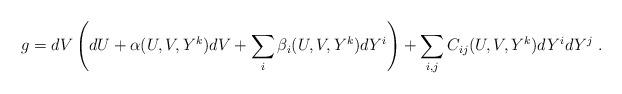
LaTeX: \begin{align*}g = dV \left( dU + \alpha (U,V,Y^k) dV + \sum_i \beta_i(U,V,Y^k) d Y^i \right) + \sum_{i,j} C_{ij} (U,V,Y^k) dY^i dY^j ~.\end{align*}